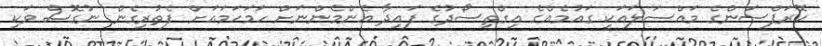
ކޮރަޕްސަންގެ މައްސަލައަކީ ގައުމެއްގެ އިގްތިސޯދުގެ ފައިދާ އެންމެންނަށް ހަމަހަމައަށް ފެތުރިގެން ނުގޮސް ވަކި